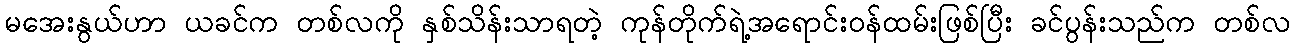
မအေးနွယ်ဟာ ယခင်က တစ်လကို နှစ်သိန်းသာရတဲ့ ကုန်တိုက်ရဲ့အရောင်းဝန်ထမ်းဖြစ်ပြီး ခင်ပွန်းသည်က တစ်လ